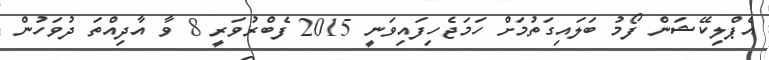
އެޕްލިކޭޝަން ފޯމު ބަލައިގަތުމަށް ހަމަޖެހިފައިވަނީ 2015 ފެބްރުވަރީ 8 ވާ އާދިއްތަ ދުވަހުން